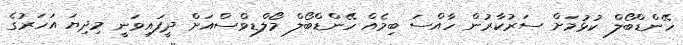
ހޭންޑްބޯލް ކުޅުމަށް ސަރުކާރުން ހާއްސަ ބިމެއް ހޭންޑްބޯލް މޯލްޑިވްސްއަށް ދީފައިވަނީ މިދިޔަ އަހަރުގެ